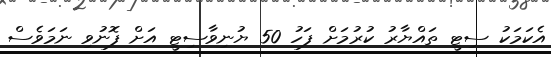
އެކަމަކު ސިޓީ ތައްޔާރު ކުރުމަށް ފަހު 50 ޔުނިވާސިޓީ އަށް ފޮނުވި ނަމަވެސް